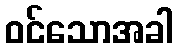
ဝင်သောအခါ